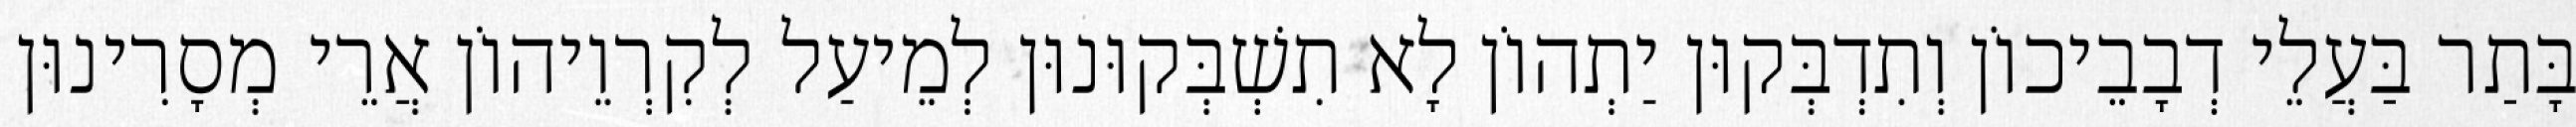
בָּתַר בַּעֲלֵי דְבָבֵיכוֹן וְתִדְבְּקוּן יַתְהוֹן לָא תִשְׁבְּקוּנוּן לְמֵיעַל לְקִרְוֵיהוֹן אֲרֵי מְסָרִינוּן